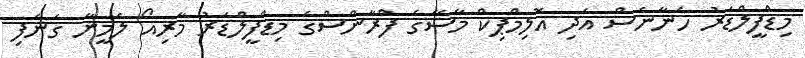
މިޑްފީލްޑަރު ހެނާނެސް އަދި އޮލިމްޕިކް މާސޭގެ ފްރާންސްގެ މިޑްފީލްޑަރު މާރިއޯ ލެމީނާ ގަނެފި